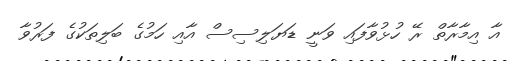
އާ އިމާރާތް ރޭ ހުޅުވާފައި ވަނީ ޑަޔަލިސިސް އާއި ހަމުގެ ބަލިތަކުގެ ފަރުވާ